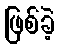
ဖြစ်ခဲ့